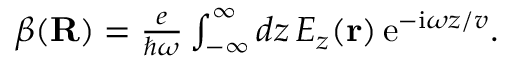
\begin{array} { r } { \beta ( { \bf R } ) = \frac { e } { \hbar \omega } \int _ { - \infty } ^ { \infty } d z \, E _ { z } ( { \bf r } ) \, \mathrm { e } ^ { - \mathrm { i } \omega z / v } . } \end{array}